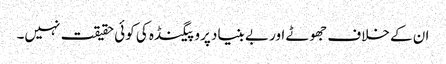
ان کے خلاف جھوٹے اور بے بنیاد پروپیگنڈہ کی کوئی حقیقت نہیں۔